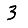
Digit: 3